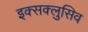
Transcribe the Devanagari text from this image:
इक्सक्लुसिव